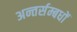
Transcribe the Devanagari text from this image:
अन्तर्सम्बधों